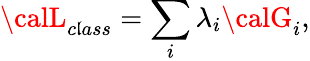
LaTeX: {\calL}_{c\mathfrak{l}ass}=\sum_{i}\lambda_{i}{\calG}_{i},